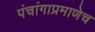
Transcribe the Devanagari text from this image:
पंचांगाप्रमाणेच